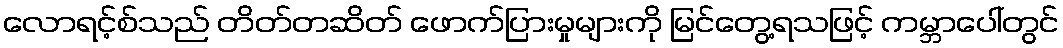
လောရင့်စ်သည် တိတ်တဆိတ် ဖောက်ပြားမှုများကို မြင်တွေ့ရသဖြင့် ကမ္ဘာပေါ်တွင်